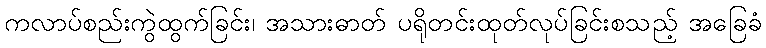
ကလာပ်စည်းကွဲထွက်ခြင်း၊ အသားဓာတ် ပရိုတင်းထုတ်လုပ်ခြင်းစသည့် အခြေခံ